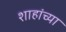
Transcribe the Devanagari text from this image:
शाहांच्या